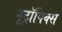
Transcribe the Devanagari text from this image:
नूट्रॉपिक्स